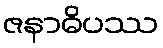
ဇနာဓိပဿ